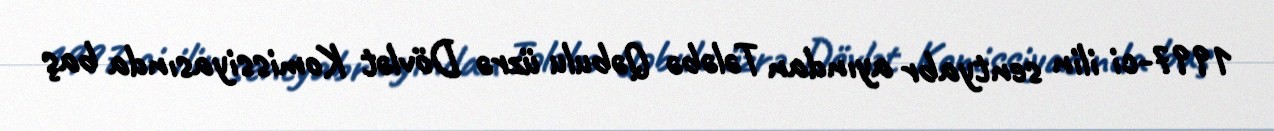
1997-ci ilin sentyabr ayından Tələbə Qəbulu üzrə Dövlət Komissiyasında baş